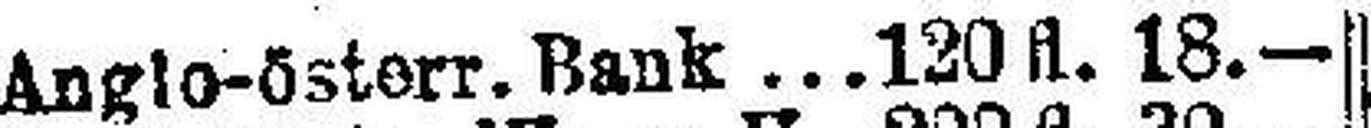
Anglo-österr. Bank 120 fl. 18.—